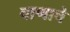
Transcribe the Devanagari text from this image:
वाणाचे